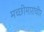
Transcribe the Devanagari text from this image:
मच्छीमारांचीर